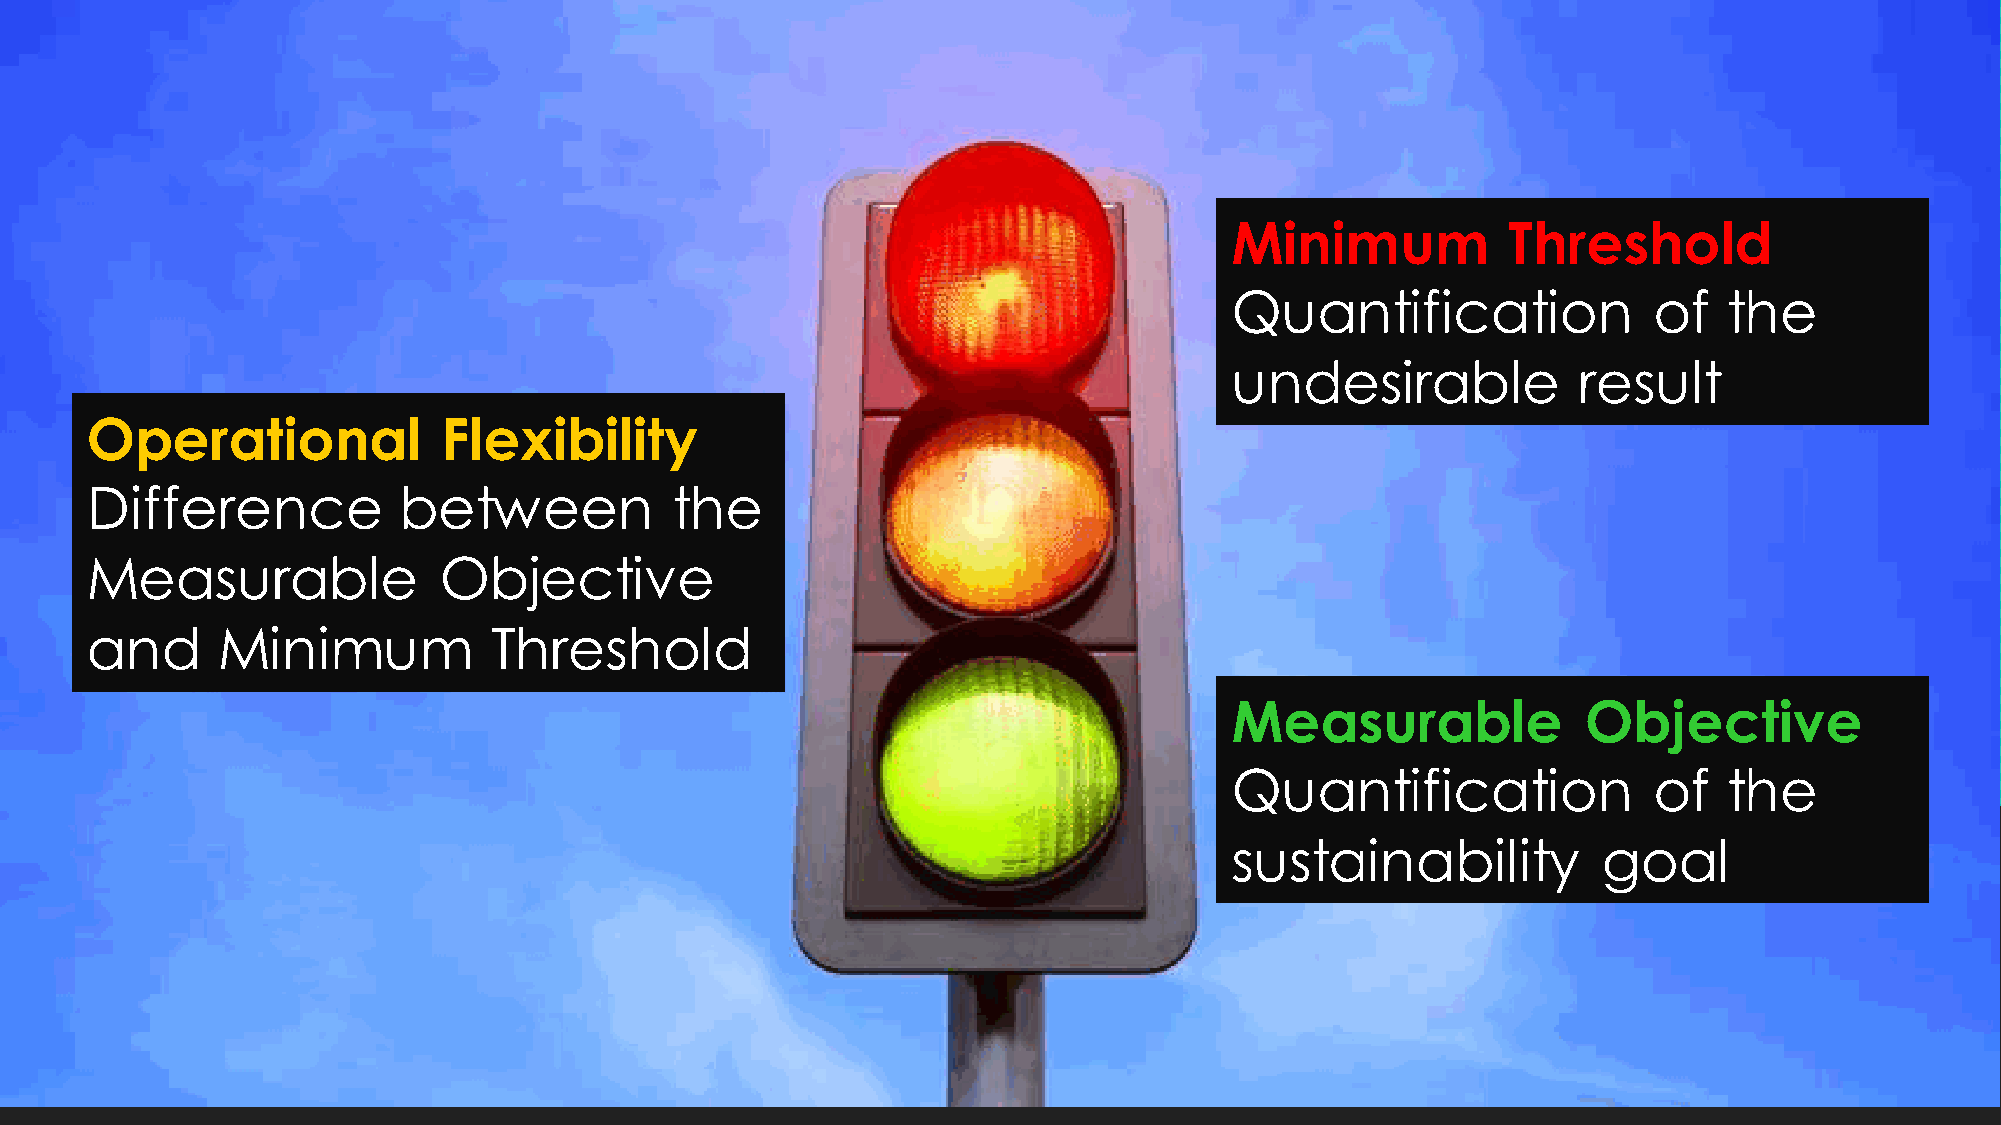
Minimum            Threshold
 Quantification              of   the
 undesirable            result
 Operational            Flexibility
 Difference          between           the
 Measurable             Objective
 and     Minimum            Threshold
 Measurable              Objective
 Quantification              of   the
 sustainability           goal